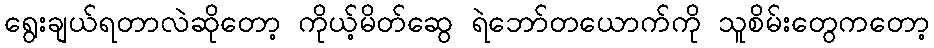
ရွေးချယ်ရတာလဲဆိုတော့ ကိုယ့်မိတ်ဆွေ ရဲဘော်တယောက်ကို သူစိမ်းတွေကတော့